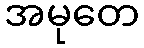
အမုတေ